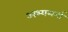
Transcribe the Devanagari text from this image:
अभ्यथर्ना